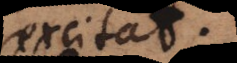
excitat.